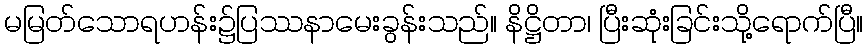
မမြတ်သောရဟန်း၌ပြဿနာမေးခွန်းသည်။ နိဋ္ဌိတာ၊ ပြီးဆုံးခြင်းသို့ရောက်ပြီ။